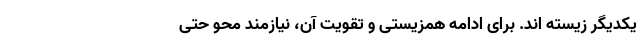
یکدیگر زیسته اند. برای ادامه همزیستی و تقویت آن، نیازمند محو حتی